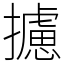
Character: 攄